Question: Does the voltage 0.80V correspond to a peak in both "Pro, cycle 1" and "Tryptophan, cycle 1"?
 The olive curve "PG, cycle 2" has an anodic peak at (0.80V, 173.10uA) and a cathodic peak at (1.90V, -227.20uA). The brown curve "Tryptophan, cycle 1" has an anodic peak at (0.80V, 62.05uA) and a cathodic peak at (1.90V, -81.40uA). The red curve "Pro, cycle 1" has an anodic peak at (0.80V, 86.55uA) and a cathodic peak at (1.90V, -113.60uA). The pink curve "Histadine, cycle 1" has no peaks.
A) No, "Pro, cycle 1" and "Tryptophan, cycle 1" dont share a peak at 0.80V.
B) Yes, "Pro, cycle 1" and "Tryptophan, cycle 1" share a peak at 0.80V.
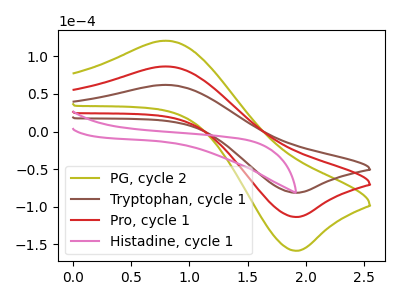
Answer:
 <answer>B) Yes, "Pro, cycle 1" and "Tryptophan, cycle 1" share a peak at 0.80V.</answer>
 <eval>B</eval>